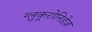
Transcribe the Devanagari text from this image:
ग्लुकूरोनिडेज़